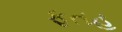
ફતહ